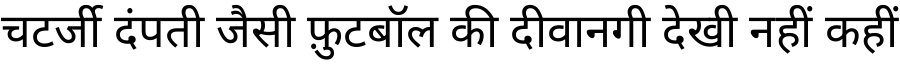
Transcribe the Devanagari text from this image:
चटर्जी दंपती जैसी फ़ुटबॉल की दीवानगी देखी नहीं कहीं